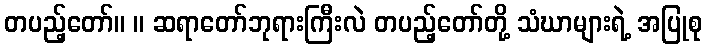
တပည့်တော်။ ။ ဆရာတော်ဘုရားကြီးလဲ တပည့်တော်တို့ သံဃာများရဲ့ အပြုစု